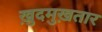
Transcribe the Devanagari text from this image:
ख़ुदमुख़तार